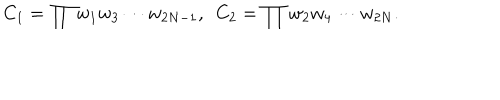
LaTeX: { \label c } C _ { 1 } = \prod w _ { 1 } w _ { 3 } \cdots w _ { 2 N - 1 } , ~ ~ C _ { 2 } = \prod w _ { 2 } w _ { 4 } \cdots w _ { 2 N } .